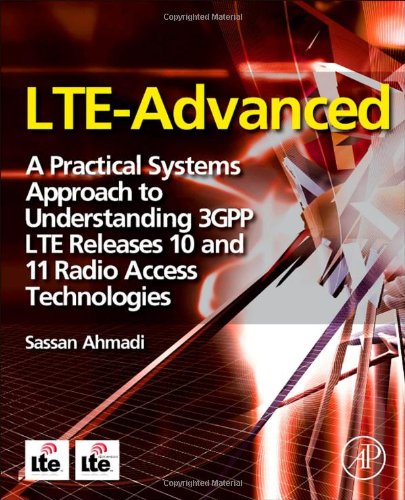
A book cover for LTE-Advanced: A Practical Systems Approach to Understanding 3GPP LTE Releases 10 and 11 Radio Access Technologies; Sassan Ahmadi; Crafts, Hobbies & Home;